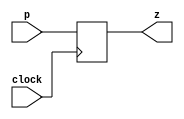
`timescale 1ns / 1ps
//////////////////////////////////////////////////////////////////////////////////
// Company: 
// Engineer: 
// 
// Design Name: 
// Module Name: DFF
// Project Name: 
// Target Devices: 
// Tool Versions: 
// Description: 
// 
// Dependencies: 
// 
// Revision:
// Revision 0.01 - File Created
// Additional Comments:
// 
//////////////////////////////////////////////////////////////////////////////////


module DFF(
    input wire p,
    input wire clock,
    output reg z
    );
    always @(posedge clock) begin
        z <= p;
    end
endmodule